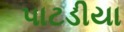
પાટડીયા